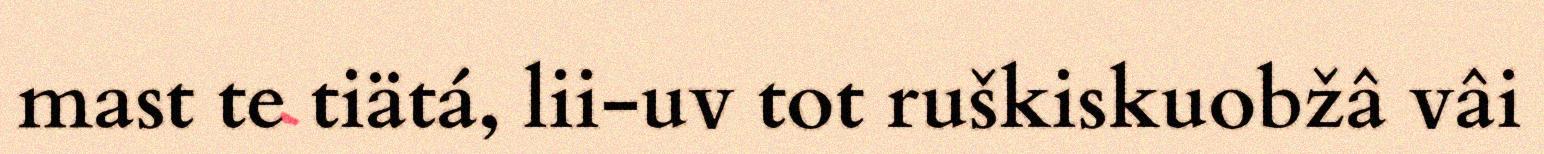
mast te tiätá, lii-uv tot ruškiskuobžâ vâi